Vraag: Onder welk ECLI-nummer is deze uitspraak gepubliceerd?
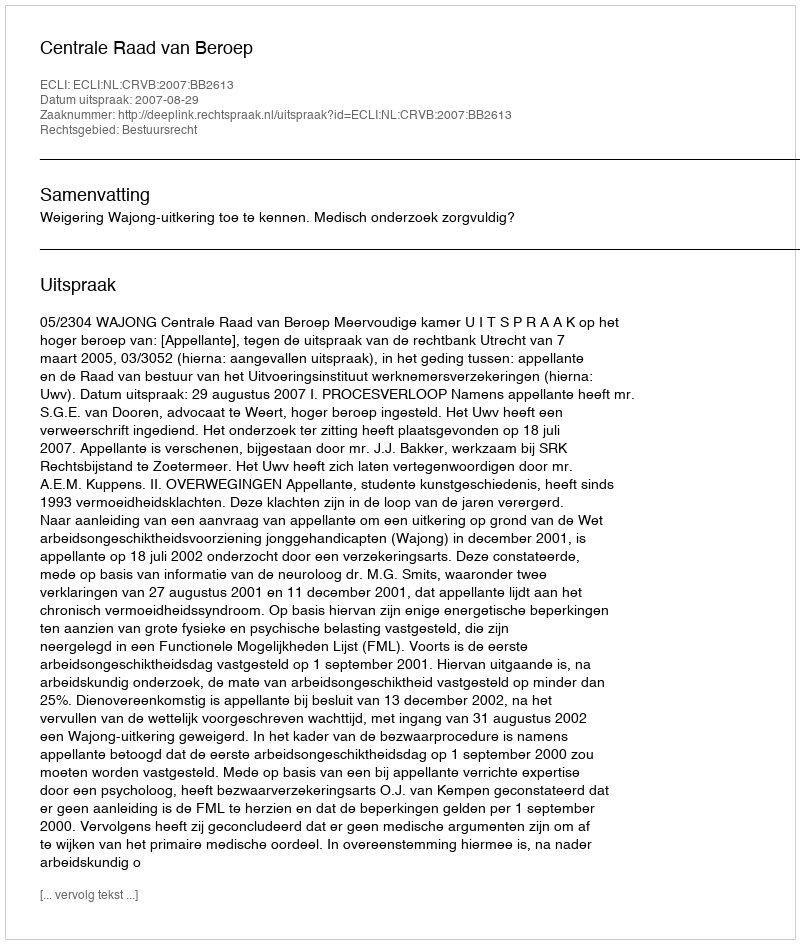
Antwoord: ECLI:NL:CRVB:2007:BB2613